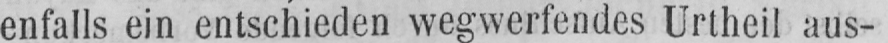
enfalls ein entschieden wegwerfendes Unheil aus-